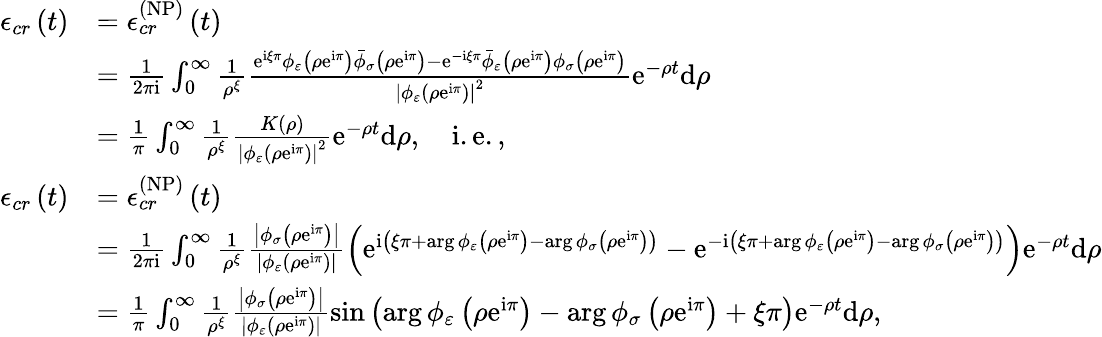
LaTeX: \begin{array}{rl}{\mathcal{\epsilon}_{cr}\left(t\right)}&{=\mathcal{\epsilon}_{cr}^{\left(\mathrm{NP}\right)}\left(t\right)}\\ &{=\frac{1}{2\pi\mathrm{i}}\int_{0}^{\infty}\frac{1}{\rho^{\xi}}\frac{\mathrm{e}^{\mathrm{i}\xi\pi}\phi_{\varepsilon}\left(\rho\mathrm{e}^{\mathrm{i}\pi}\right)\bar{\phi}_{\sigma}\left(\rho\mathrm{e}^{\mathrm{i}\pi}\right)-\mathrm{e}^{-\mathrm{i}\xi\pi}\bar{\phi}_{\varepsilon}\left(\rho\mathrm{e}^{\mathrm{i}\pi}\right)\phi_{\sigma}\left(\rho\mathrm{e}^{\mathrm{i}\pi}\right)}{\left\vert\phi_{\varepsilon}\left(\rho\mathrm{e}^{\mathrm{i}\pi}\right)\right\vert^{2}}\mathrm{e}^{-\rho t}\mathrm{d}\rho}\\ &{=\frac{1}{\pi}\int_{0}^{\infty}\frac{1}{\rho^{\xi}}\frac{K\left(\rho\right)}{\left\vert\phi_{\varepsilon}\left(\rho\mathrm{e}^{\mathrm{i}\pi}\right)\right\vert^{2}}\mathrm{e}^{-\rho t}\mathrm{d}\rho,\quad\mathrm{i.e.,}}\\ {\mathcal{\epsilon}_{cr}\left(t\right)}&{=\mathcal{\epsilon}_{cr}^{\left(\mathrm{NP}\right)}\left(t\right)}\\ &{=\frac{1}{2\pi\mathrm{i}}\int_{0}^{\infty}\frac{1}{\rho^{\xi}}\frac{\left\vert\phi_{\sigma}\left(\rho\mathrm{e}^{\mathrm{i}\pi}\right)\right\vert}{\left\vert\phi_{\varepsilon}\left(\rho\mathrm{e}^{\mathrm{i}\pi}\right)\right\vert}\left(\mathrm{e}^{\mathrm{i}\left(\xi\pi+\arg\phi_{\varepsilon}\left(\rho\mathrm{e}^{\mathrm{i}\pi}\right)-\arg\phi_{\sigma}\left(\rho\mathrm{e}^{\mathrm{i}\pi}\right)\right)}-\mathrm{e}^{-\mathrm{i}\left(\xi\pi+\arg\phi_{\varepsilon}\left(\rho\mathrm{e}^{\mathrm{i}\pi}\right)-\arg\phi_{\sigma}\left(\rho\mathrm{e}^{\mathrm{i}\pi}\right)\right)}\right)\mathrm{e}^{-\rho t}\mathrm{d}\rho}\\ &{=\frac{1}{\pi}\int_{0}^{\infty}\frac{1}{\rho^{\xi}}\frac{\left\vert\phi_{\sigma}\left(\rho\mathrm{e}^{\mathrm{i}\pi}\right)\right\vert}{\left\vert\phi_{\varepsilon}\left(\rho\mathrm{e}^{\mathrm{i}\pi}\right)\right\vert}\sin\left(\arg\phi_{\varepsilon}\left(\rho\mathrm{e}^{\mathrm{i}\pi}\right)-\arg\phi_{\sigma}\left(\rho\mathrm{e}^{\mathrm{i}\pi}\right)+\xi\pi\right)\mathrm{e}^{-\rho t}\mathrm{d}\rho,}\end{array}